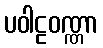
ပဝါဠဝဏ္ဏာ